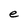
Character: e